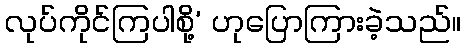
လုပ်ကိုင်ကြပါစို့’ ဟုပြောကြားခဲ့သည်။